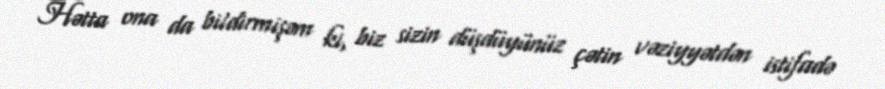
Hətta ona da bildirmişəm ki, biz sizin düşdüyünüz çətin vəziyyətdən istifadə